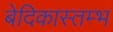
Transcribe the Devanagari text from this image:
बेदिकास्तम्भ